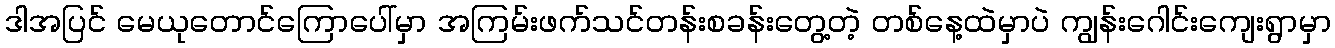
ဒါအပြင် မေယုတောင်ကြောပေါ်မှာ အကြမ်းဖက်သင်တန်းစခန်းတွေ့တဲ့ တစ်နေ့ထဲမှာပဲ ကျွန်းဂေါင်းကျေးရွာမှာ